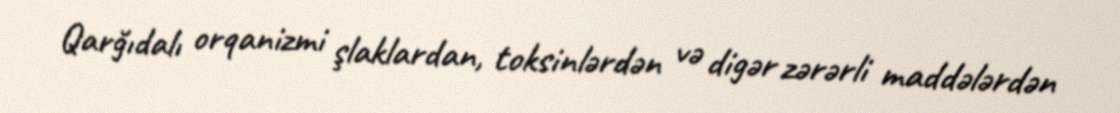
Qarğıdalı orqanizmi şlaklardan, toksinlərdən və digər zərərli maddələrdən